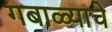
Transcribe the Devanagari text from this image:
गबाळ्याचे